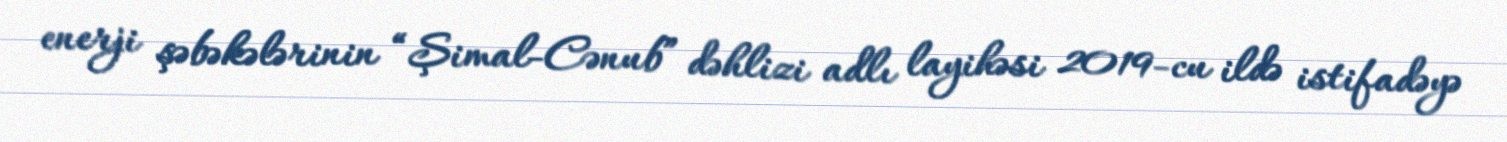
enerji şəbəkələrinin “Şimal-Cənub” dəhlizi adlı layihəsi 2019-cu ildə istifadəyə